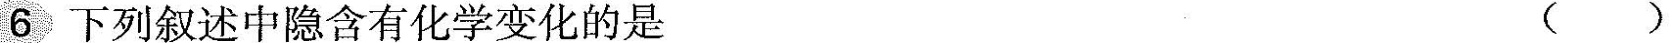
6下列叙述中隐含有化学变化的是 ( )